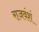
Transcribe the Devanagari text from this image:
राजवंशं